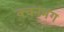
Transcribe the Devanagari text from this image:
वचनभंग